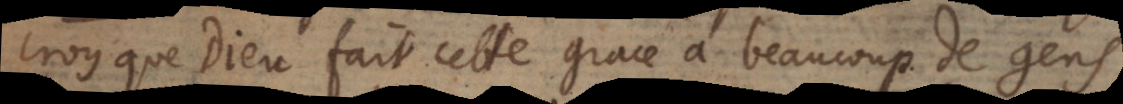
croy que Dieu fait cette grace à beaucoup de gens